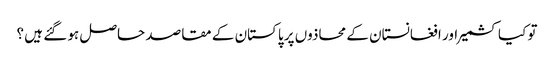
تو کیا کشمیر اور افغانستان کے محاذوں پر پاکستان کے مقاصد حاصل ہو گئے ہیں ؟